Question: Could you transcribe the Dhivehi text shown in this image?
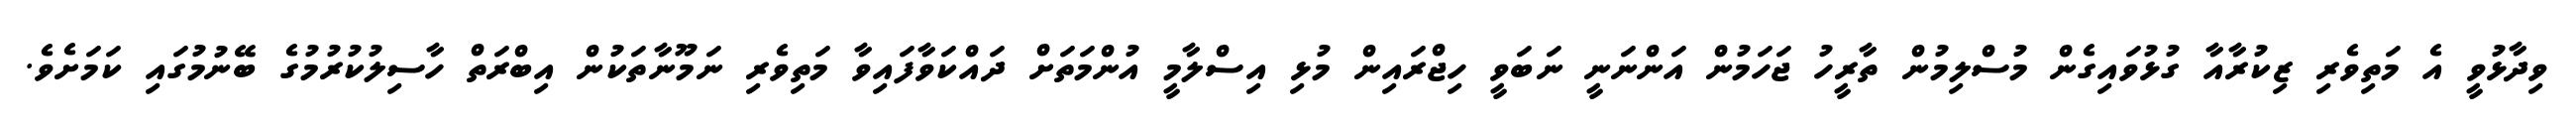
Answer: ވިދާޅުވީ އެ މަތިވެރި ޒިކުރާއާ ގުޅުވައިގެން މުސްލިމުން ތާރީހު ޖަހަމުން އަންނަނީ ނަބަވީ ހިޖްރައިން މުޅި އިސްލާމީ އުންމަތަށް ދައްކަވާފައިވާ މަތިވެރި ނަމޫނާތަކުން އިބްރަތް ހާސިލުކުރުމުގެ ބޭނުމުގައި ކަމަށެވެ.